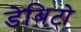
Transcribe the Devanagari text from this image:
डेबिटो